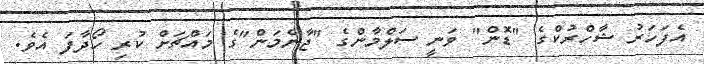
އެފަހަރު ޝާހްރުކްގެ "ޑޮން" ވަނީ ސަލްމާންގެ "ޖާނެމަން"ގެ މައްޗަށް ކުރި ހޯދާފަ އެވެ.